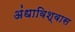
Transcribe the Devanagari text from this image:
अंधाविश्वास